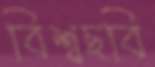
বিশ্বছবি